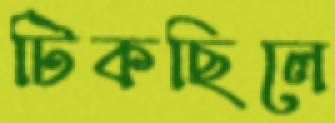
টিকছিলে